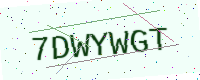
Text: 7DWYWGT